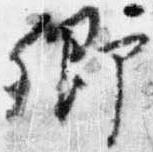
卿